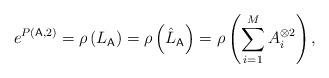
LaTeX: \begin{align*}e^{P(\mathsf{A},2)}=\rho\left(L_{\mathsf{A}}\right)=\rho\left(\hat{L}_{\mathsf{A}}\right)=\rho\left(\sum_{i=1}^M A_i^{\otimes 2}\right),\end{align*}